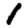
Digit: 1